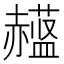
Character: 𲃈